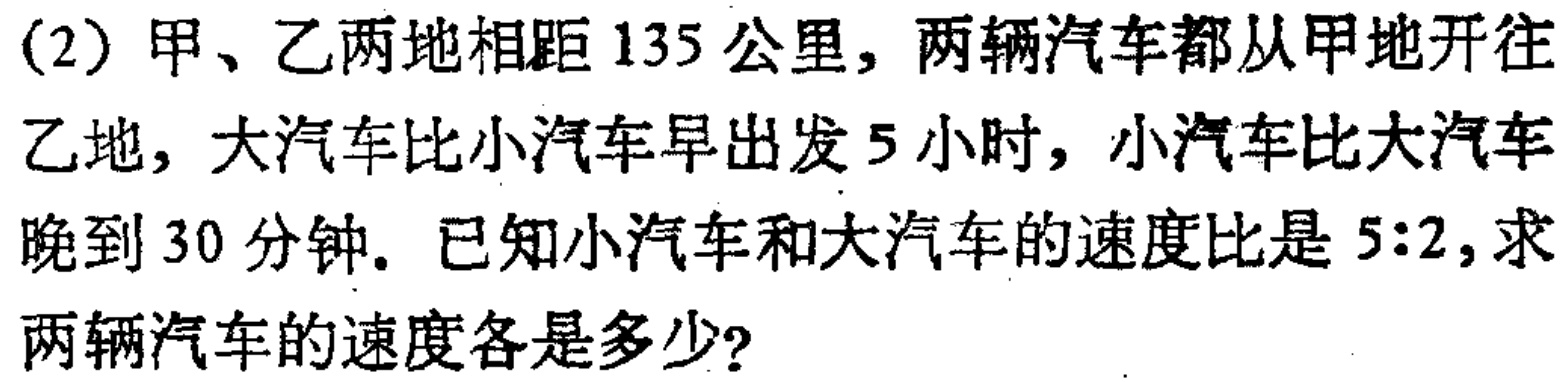
(2) 甲、乙两地相距 \(135\) 公里，两辆汽车都从甲地开往乙地，大汽车比小汽车早出发 \(5\) 小时，小汽车比大汽车晚到 \(30\) 分钟。已知小汽车和大汽车的速度比是 \(5:2\)，求两辆汽车的速度各是多少？